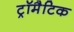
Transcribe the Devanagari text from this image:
ट्रॉमैटिक